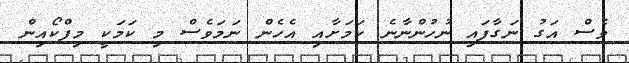
ވެސް އަގު ނަގާފައި ނުހުންނާނެ ކަމަށާއި އެހެން ނަމަވެސް މި ކަމަކީ މިފްކޯއިން